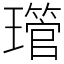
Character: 𤪔